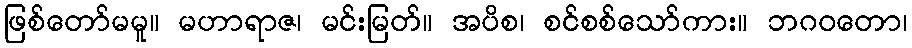
ဖြစ်တော်မမူ။ မဟာရာဇ၊ မင်းမြတ်။ အပိစ၊ စင်စစ်သော်ကား။ ဘဂဝတော၊